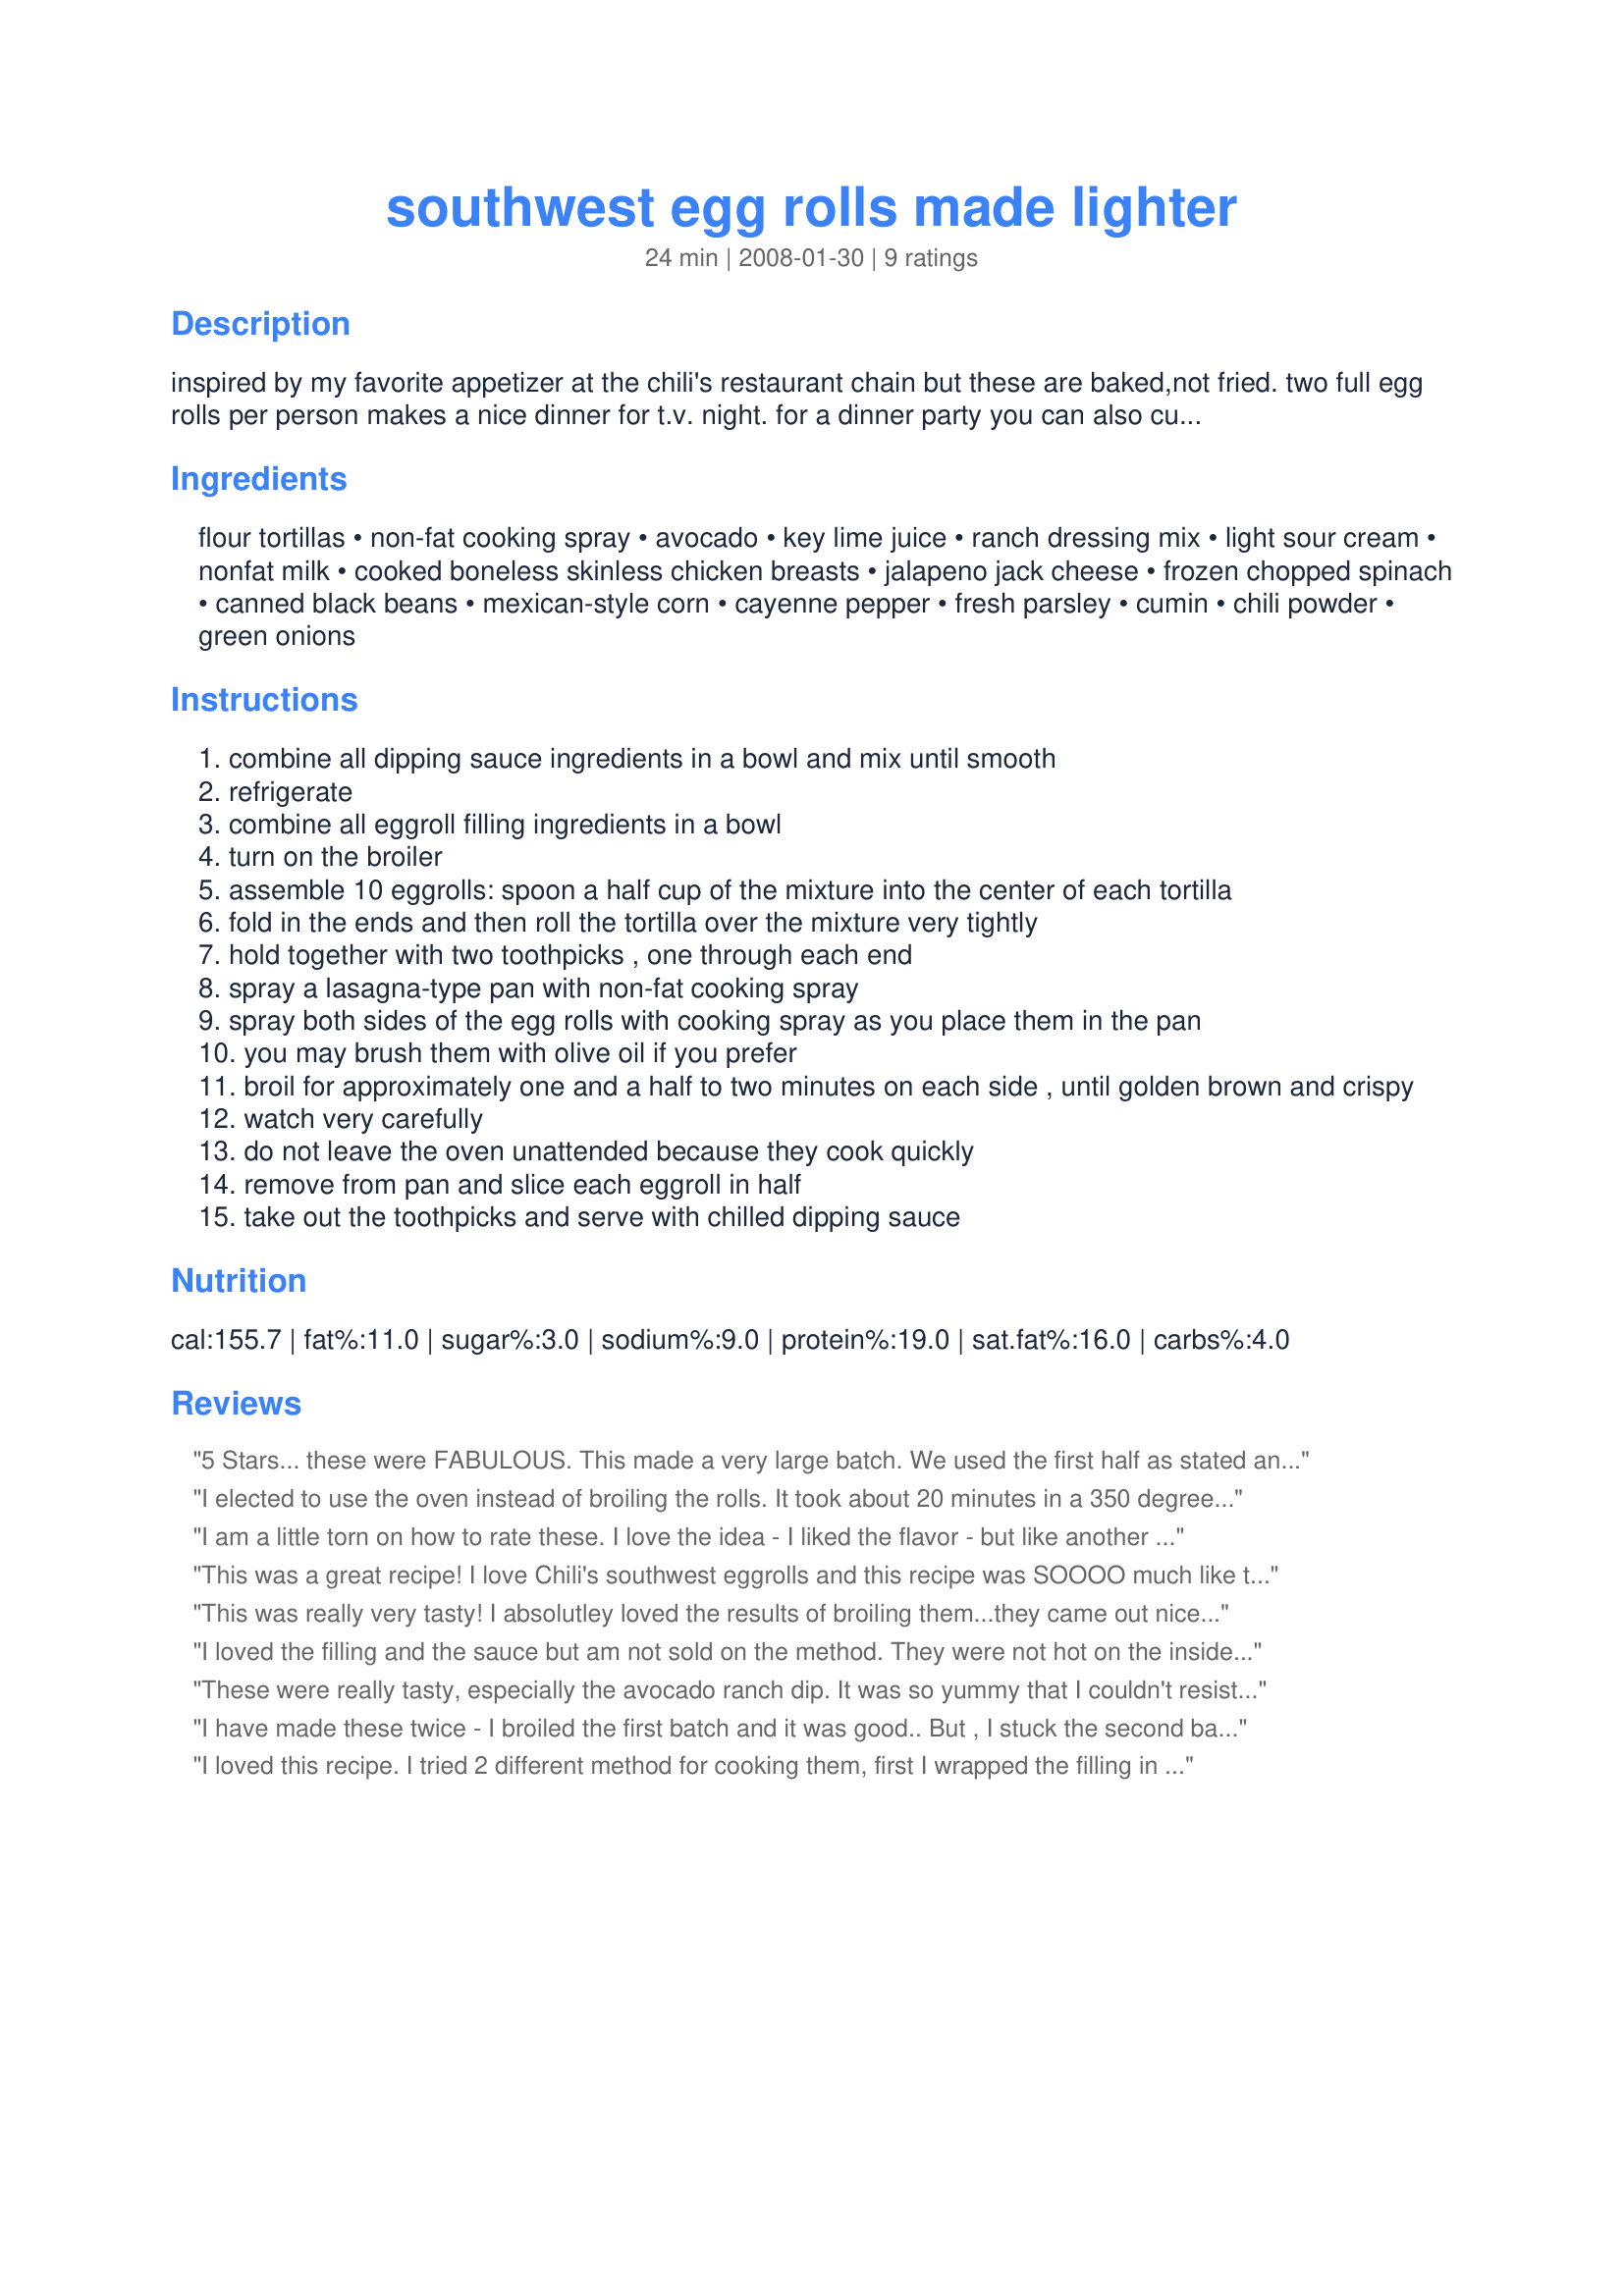
southwest egg rolls made lighter
Preparation time: 24 minutes

inspired by my favorite appetizer at the chili's restaurant chain but these are baked,not fried. two full egg rolls per person makes a nice dinner for t.v. night. for a dinner party you can also cut them in thick slices sushi-style. these can be frozen before they're cooked or afterwards.

Ingredients:
flour tortillas, non-fat cooking spray, avocado, key lime juice, ranch dressing mix, light sour cream, nonfat milk, cooked boneless skinless chicken breasts, jalapeno jack cheese, frozen chopped spinach, canned black beans, mexican-style corn, cayenne pepper, fresh parsley, cumin, chili powder, green onions

Steps:
combine all dipping sauce ingredients in a bowl and mix until smooth
refrigerate
combine all eggroll filling ingredients in a bowl
turn on the broiler
assemble 10 eggrolls: spoon a half cup of the mixture into the center of each tortilla
fold in the ends and then roll the tortilla over the mixture very tightly
hold together with two toothpicks , one through each end
spray a lasagna-type pan with non-fat cooking spray
spray both sides of the egg rolls with cooking spray as you place them in the pan
you may brush them with olive oil if you prefer
broil for approximately one and a half to two minutes on each side , until golden brown and crispy
watch very carefully
do not leave the oven unattended because they cook quickly
remove from pan and slice each eggroll in half
take out the toothpicks and serve with chilled dipping sauce

Reviews:
5 Stars... these were FABULOUS. This made a very large batch. We used the first half as stated and added broccoli to it another night. VERY good. VERY ingenious. We used this as omelet filling one morning too! Fabulous!
I elected to use the oven instead of broiling the rolls. It took about 20 minutes in a 350 degree oven & I flipped them once. 

The dipping sauce is excellent. The avacado flavor really comes through & matches with the southwest flavors perfectly. I liked how easy these were to make. I froze the rest and they reheated beautifully. 

I ended up using cheddar instead of the jalapeno jack cheese for DH's sake. The result was milder in heat, but they were very good. I might add cilantro next time instead of the parsley. Thank you for your entry in RSC #11.
I am a little torn on how to rate these. I love the idea - I liked the flavor - but like another reviewer, the method didn't really work. I couldn't get them the right "doneness" by broiling them, and even when they were golden brown they were cold in the middle. I think baking them for a longer amount of time might work better. I liked the flavor and the sauce was really good! Will keep playing with it.
This was a great recipe! I love Chili's southwest eggrolls and this recipe was SOOOO much like the dish at Chili's. We made it with Whole Wheat Tortillas and it tasted great. Thanks so much for sharing this recipe!!!!
This was really very tasty! I absolutley loved the results of broiling them...they came out nice a crispy...almost as good as fried and way better than baking them. I didn't enjoy the dipping sauce as much...I think I will just serve with guacamole and sour cream next time....the filling has plenty of flavor anyway. Also, I think I will add a bit of cilantro because I think everything tastes better with it! It was a bit too spicy for my family, so I will also use half pepper jack cheese and half monterey or cheddar next time. Thanks so much for sharing this. We will make it many, many more time!
I loved the filling and the sauce but am not sold on the method. They were not hot on the inside when I got through broiling them. I think they might be better baked first. I don't know--I think I will just have to play around with them.
These were really tasty, especially the avocado ranch dip. It was so yummy that I couldn't resist dipping baked ruffles in it while preparing the rest of the meal! I halved the amount of ranch powder and subbed buttermilk for the milk in it. I also used less cayenne and cheese in the filling. I did bake these for 20 minutes, and it worked fine. I agree two whole ones makes for a filling meal for one person. Great creation!
I have made these twice - I broiled the first batch and it was good.. But , I stuck the second batch on the grill and they were extremely good.. Just have to watch them , but it was easier to handle on the grill and got all four sides cooked evenly... I acually use 6" flour tortilla shells and fill them with 1/3 cup of mixture. Makes it a little easier to roll and control on the grill...It will make about 18 rolls that way...They have not lasted long after there have been made...
I loved this recipe. I tried 2 different method for cooking them, first I wrapped the filling in whole wheat tortillas and then used my panini press to heat them, this worked well only I wished I would have used a more pliable tortilla, as the ones I used were too grainy and cracked when I rolled them. The other method I used was using phyllo. I cut a stack of 3 sheets of phyllo in half, sprayed between each layer with veg spray, placed the filling at short end and rolled up, baked in oven at 375 til they were golden brown. That worked perfectly. Delicious.
